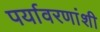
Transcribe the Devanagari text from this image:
पर्यावरणांशी